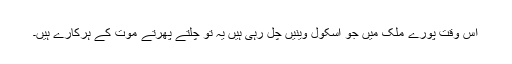
اس وقت پورے ملک میں جو اسکول وینیں چل رہی ہیں یہ تو چلتے پھرتے موت کے ہرکارے ہیں۔